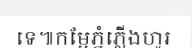
ទេ៕កម្អែភ្នំភ្លើងហូរ